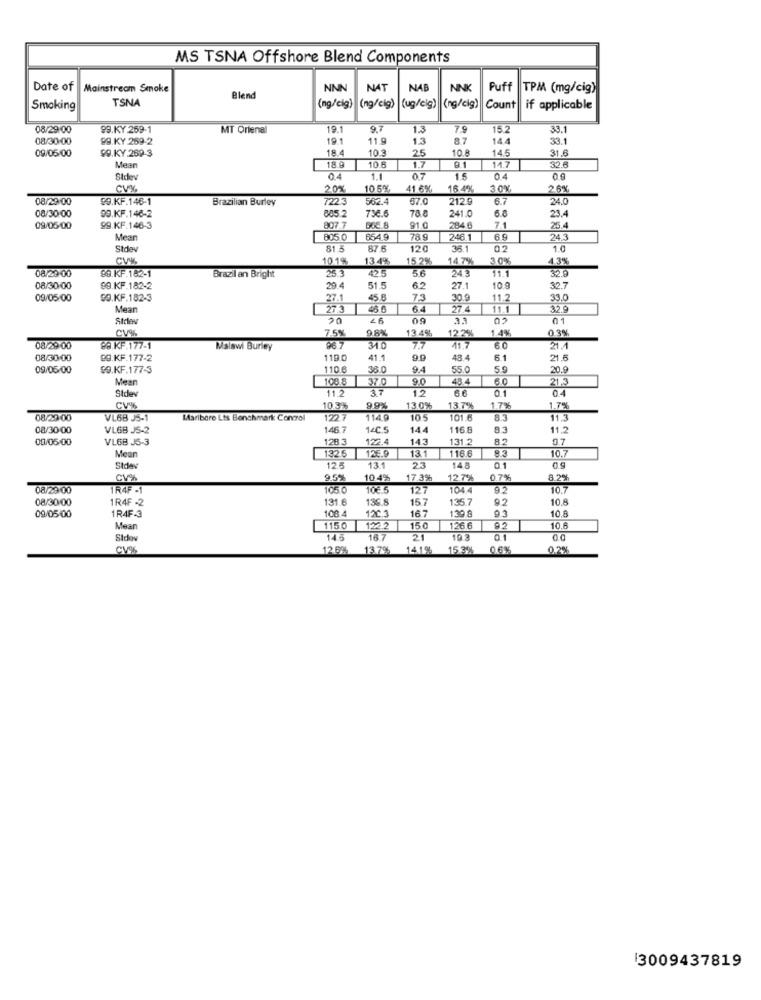
MS TSNA Offshore Blend Components
Date of
Mainstream Smoke
NNN
NAT
NAB
NNK
Fuff
TPM (mg/cig)
TSNA
Blend
Smoking
(ng/cig)
(ng/cig) (ug/cig)
(ng/cig) Count
if applicable
08/29:00
99.KY.259-1
MT Orienal
19.1
9.7
1.3
7.9
15.2
33.1
08/30:00
88.KY .259-2
19.1
11.9
1.3
8.7
14.4
33.1
09/05/00
99.KY.269-3
18.4
10.3
10.8
14.5
31.6
Mean
18.9
25
11.7
300
10.6
1.7
Stde
1.
07
1.5
04
CVX
20%
10 5%
41.6%
18 49
30%
26%
08/29/00
99.KF.146-1
Brazilian Burley
7223
567.4
57.0
212.9
6.7
24.0
08/30:00
99.KF.146-2
685.
736.6
78.8
241.0
6.8
23.4
09/05/00
99.KF.146-3
807.7
91.0
284 6
7.1
25.4
Mear
805.0
654.
78.9
246.1
69
24.3
Stdev
81.5
87.6
120
36.1
02
1.0
CV
101%
1345
15.2%
4.3%
08/29:00
89.KF.182-1
23
425
5.6
14 7%
30%
32.9
Brazil an Bright
24.3
11.1
08/30:00
89.KF.182-2
29.4
51.5
6.2
27.1
10.9
30.7
09/05:00
00.KF.182-3
7.1
45.8
7.3
30.9
11.2
33.0
Mean
27/3
46 0
27.4
11.1
32.9
Stelen
20
46
09
33
02
01
7.5%
98%
12.2%
13.4%
14%
0.3%
08/29:00
88.KF.177-1
Malawi Burley
96 7
31.0
77
41.7
60
21.
08/30/00
89.KF.177-2
1190
41.1
9.9
48.4
6.1
21.6
09/06/00
90.KF.177-3
110.6
36.0
9.4
55.0
20.9
Mear
108 8
370
9.0
48.4
60
21.3
11.2
3.7
1.2
66
0.1
Stde
0.4
CV%
10 3%
99%
130%
13.7%
1.7%
1.7%
08/29:00
VL68 J5-1
Maribore Lts Benchmark Control
1227
114.9
105
101 6
8.3
11.3
08/30:00
VL68 J5-2
146.7
14C.5
144
116.8
83
11.2
00/06/00
VL68 J5-3
128.3
122.4
143
131.2
8.2
9.7
125.9
13.1
116.6
Mean
132.5
10.7
Stdev
125
13.1
23
14.8
0.1
0g
CV%
9.5%
10.4%
17.3%
127%
0.7%
8.2%
08/29:00
1R4F .
105
10€.5
127
104.4
92
10.7
08/30/00
1R4F -2
131.6
136.8
15.7
135.7
9.2
10.8
108 4
12C.3
139 .8
03
09/05/00
1R4F-3
16.7
10.8
Mear
115.0
122.2
150
126 6
92
10.6
Sido
145
16.7
21
19.3
0.1
CV%
12.6%
13.7%
141%
15.3%
0.6%
0.2%
3009437819